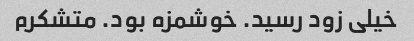
خیلی زود رسید. خوشمزه بود. متشکرم